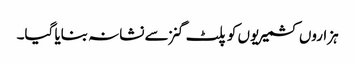
ہزاروں کشمیریوں کو پلٹ گنز سے نشانہ بنایا گیا۔